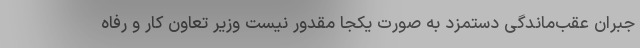
جبران عقب‌ماندگی دستمزد به صورت یکجا مقدور نیست وزیر تعاون کار و رفاه